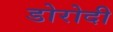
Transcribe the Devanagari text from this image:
डोरोदी